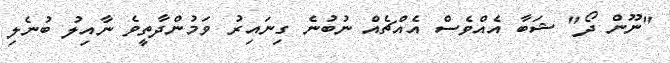
"ނޫން ދޯ" ޝަބާ އެއްވެސް އެއްޗެއް ނުބުނެ ގިނައިރު ވަމުންދާތީވެ ނާއިލު ބުނެލި